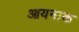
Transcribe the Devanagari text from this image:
आयनाक